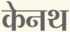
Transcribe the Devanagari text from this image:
केनथ